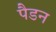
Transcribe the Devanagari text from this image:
पैडन